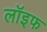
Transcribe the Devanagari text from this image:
लॉइफ